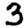
Digit: 3